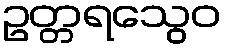
ဥတ္တရသွေဝ